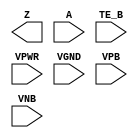
module sky130_fd_sc_lp__busdriver (
    Z   ,
    A   ,
    TE_B,
    VPWR,
    VGND,
    VPB ,
    VNB
);

    output Z   ;
    input  A   ;
    input  TE_B;
    input  VPWR;
    input  VGND;
    input  VPB ;
    input  VNB ;
endmodule